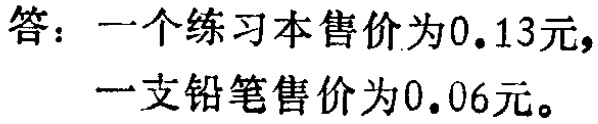
答：一个练习本售价为\(0.13\)元，一支铅笔售价为\(0.06\)元。